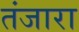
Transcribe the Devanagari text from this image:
तंजारा